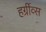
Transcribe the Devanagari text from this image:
हर्ग्रीव्स